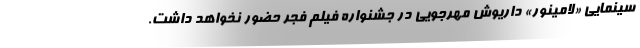
سینمایی «لامینور» داریوش مهرجویی در جشنواره فیلم فجر حضور نخواهد داشت.